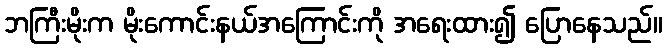
ဘကြီးမိုးက မိုးကောင်းနယ်အကြောင်းကို အရေးထား၍ ပြောနေသည်။